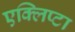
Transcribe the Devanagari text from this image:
एक्लिप्टा